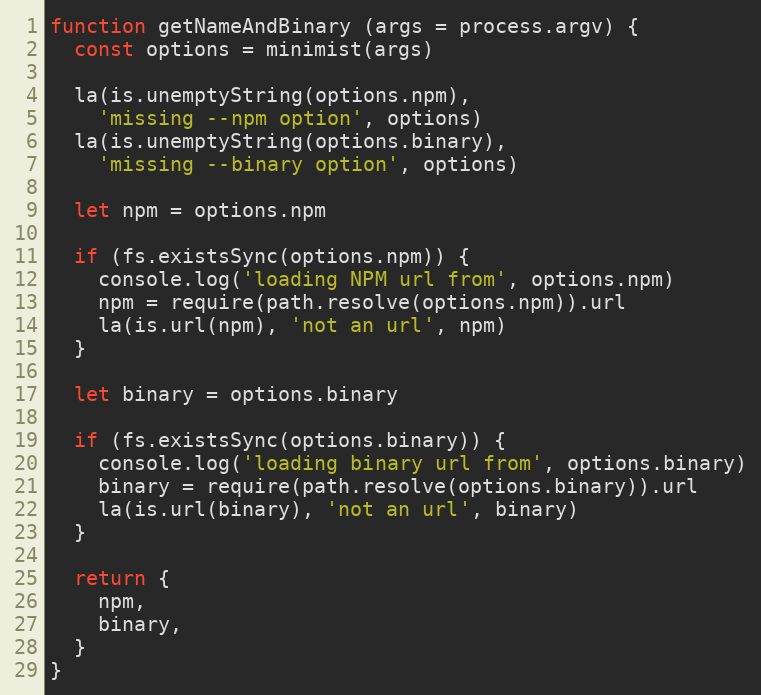
Language: JavaScript
function getNameAndBinary (args = process.argv) {
  const options = minimist(args)

  la(is.unemptyString(options.npm),
    'missing --npm option', options)
  la(is.unemptyString(options.binary),
    'missing --binary option', options)

  let npm = options.npm

  if (fs.existsSync(options.npm)) {
    console.log('loading NPM url from', options.npm)
    npm = require(path.resolve(options.npm)).url
    la(is.url(npm), 'not an url', npm)
  }

  let binary = options.binary

  if (fs.existsSync(options.binary)) {
    console.log('loading binary url from', options.binary)
    binary = require(path.resolve(options.binary)).url
    la(is.url(binary), 'not an url', binary)
  }

  return {
    npm,
    binary,
  }
}